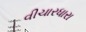
વીચારધારા